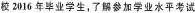
学校2016年毕业学生，了解参加学业水平考试